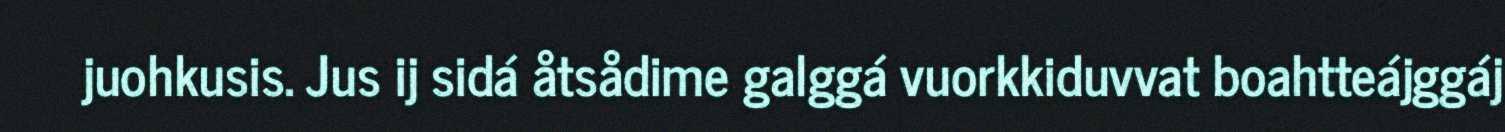
juohkusis. Jus ij sidá åtsådime galggá vuorkkiduvvat boahtteájggáj